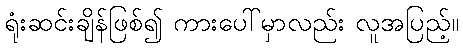
ရုံးဆင်းချိန်ဖြစ်၍ ကားပေါ်မှာလည်း လူအပြည့်။